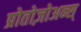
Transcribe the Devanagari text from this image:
प्रोतोज़ोअन्स्